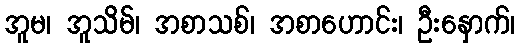
အူမ၊ အူသိမ်၊ အစာသစ်၊ အစာဟောင်း၊ ဦးနှောက်၊